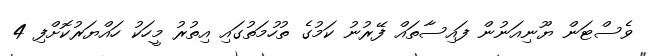
ވެސްޓަން ޔޫނިއަނުން ފައިސާތައް ފޭރުނު ކަމުގެ ތުހުމަތުގައި އިތުރު މީހަކު ހައްޔަރުކޮށްފި 4